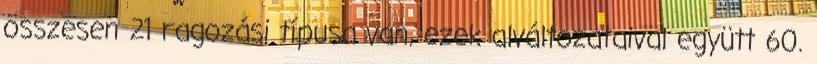
összesen 21 ragozási típusa van, ezek alváltozataival együtt 60.